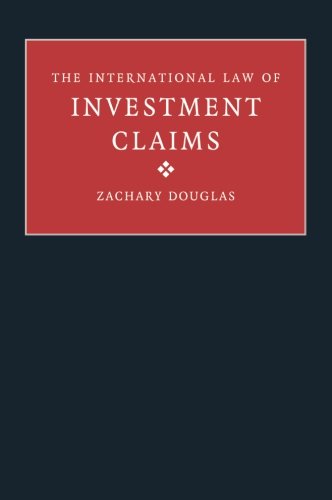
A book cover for The International Law of Investment Claims; Zachary Douglas; Law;